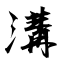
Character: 溝